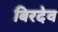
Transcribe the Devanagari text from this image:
बिरदेव